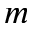
m